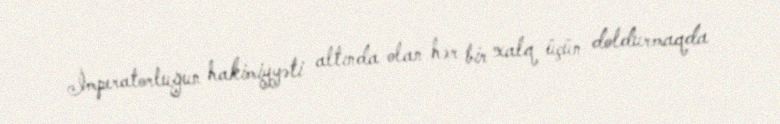
İmperatorluğun hakimiyyəti altında olan hər bir xalq üçün doldurmaqda